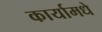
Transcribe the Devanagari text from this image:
कार्यामधे